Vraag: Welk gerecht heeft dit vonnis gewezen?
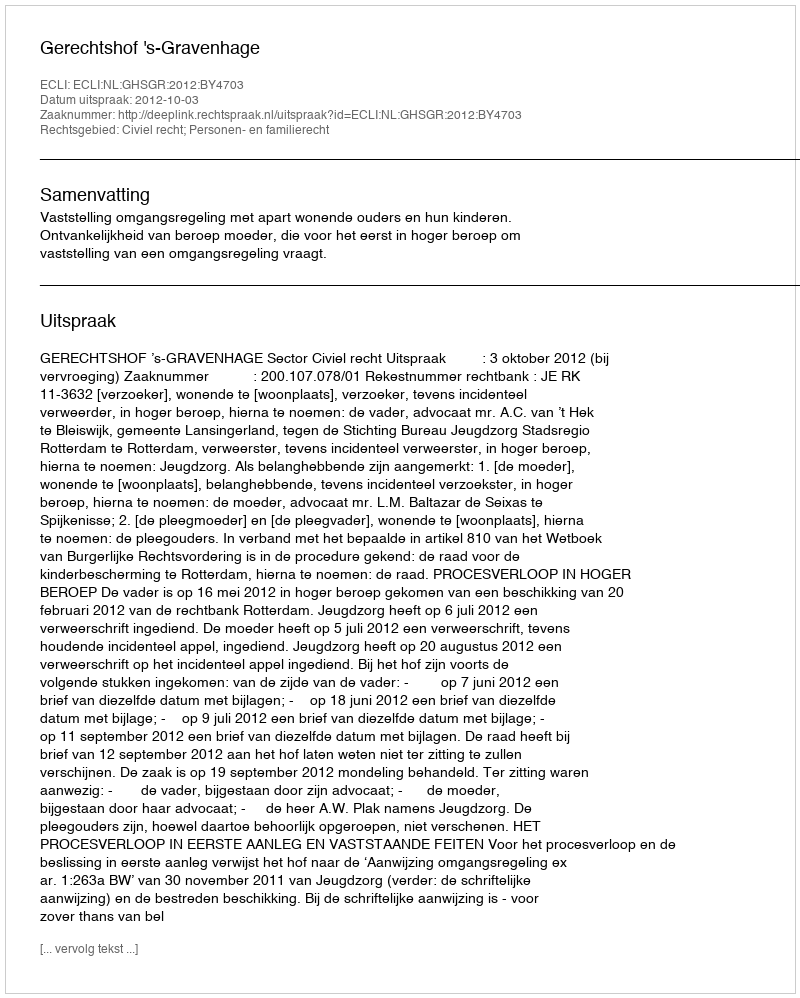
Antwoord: Gerechtshof 's-Gravenhage